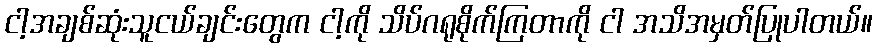
ငါ့အချစ်ဆုံးသူငယ်ချင်းတွေက ငါ့ကို သိပ်ဂရုစိုက်ကြတာကို ငါ အသိအမှတ်ပြုပါတယ်။